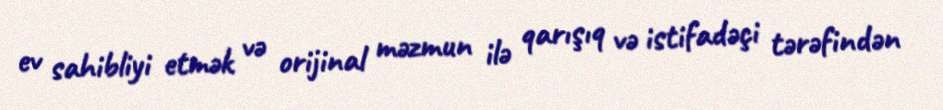
ev sahibliyi etmək və orijinal məzmun ilə qarışıq və istifadəçi tərəfindən